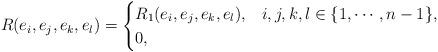
LaTeX: \begin{align*} R(e_i,e_j,e_k,e_l)= \begin{cases} R_1(e_i,e_j,e_k,e_l), & i,j,k,l \in \{1, \cdots, n-1\}, \\ 0, & \end{cases}\end{align*}